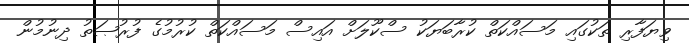
ވިޔަފާރި ތަކުގައި މަސައްކަތް ކުރާބަޔަކު ސްކޫލަށް އައިސް މަސައްކަތް ކުރުމުގެ ފުރުޞަތު ދިނުމުން